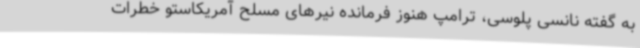
به گفته نانسی پلوسی، ترامپ هنوز فرمانده نیرهای مسلح آمریکاستو خطرات